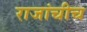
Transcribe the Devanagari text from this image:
राजांचीच